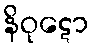
နိဝုဋော